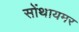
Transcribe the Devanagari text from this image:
सोंथायमर